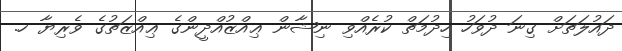
ދައުލަތަށް ގިނަ ދުވަހު ހިދުމަތް ކުރެއްވި ނިޝާން ޢިއްޒުއްދީންގެ ޢިއްޒަތުގެ ވެރިޔާ ހ.